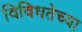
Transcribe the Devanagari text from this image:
विविधतेच्या